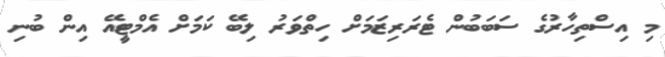
މި އިސްތިހާރުގެ ސަބަބުން ޓެރަރިޒަމަށް ހިތްވަރު ލިބޭ ކަމަށް އެމްޓީއޭ އިން ބުނި